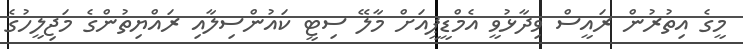
މީގެ އިތުރުން ރައީސް ވިދާޅުވީ އެމްޑީޕީއަށް މާލޭ ސިޓީ ކައުންސިލާއި ރައްޔިތުންގެ މަޖިލީހުގެ